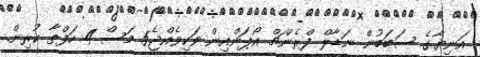
އަނިޔާގެ ސަބަބުން ނަޑާލް ފްރެންޗް އޯޕަންއިން ވަކިވެއްޖެ5 މަސް 4 ހަފްތާ ކުރިން.